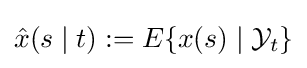
{\hat {x}}(s\mid t):=E\{x(s)\mid {\cal {Y}}_{t}\}